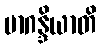
မာဂန္ဒိယာတိ